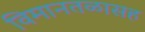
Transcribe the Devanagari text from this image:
विमानतळासह